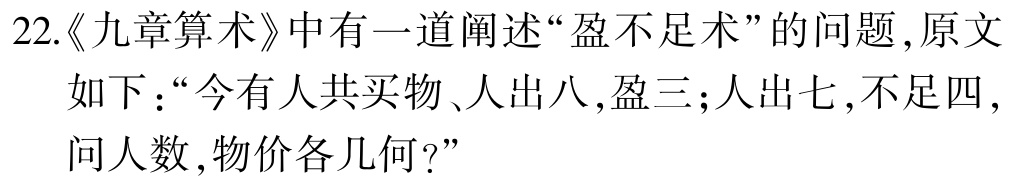
22.《九章算术》中有一道阐述“盈不足术”的问题，原文如下：“今有人共买物、人出八，盈三；人出七，不足四，问人数，物价各几何？”